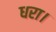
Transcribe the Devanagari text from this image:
धरा।